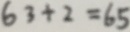
6 3 + 2 = 6 5